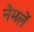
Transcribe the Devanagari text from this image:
नेमलें